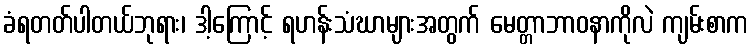
ခံရတတ်ပါတယ်ဘုရား၊ ဒါ့ကြောင့် ရဟန်းသံဃာများအတွက် မေတ္တာဘာဝနာကိုလဲ ကျမ်းစာက